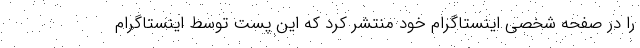
را در صفحه شخصی اینستاگرام خود منتشر کرد که این پست توسط اینستاگرام